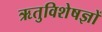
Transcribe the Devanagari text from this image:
ऋतुविशेषज्ञों